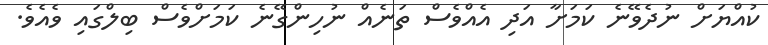
ކުއްޔަށް ނުދެވޭނެ ކަމަށާ އަދި އެއްވެސް ތަނެއް ނުހިންގޭނެ ކަމަށްވެސް ބިލްގައި ވެއެވެ.